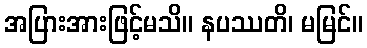
အပြားအားဖြင့်မသိ။ နပဿတိ၊ မမြင်။